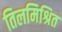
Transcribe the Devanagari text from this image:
तिलमिश्रित